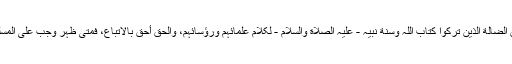
”والآیةُ نَاعِیَةٌ عَلیٰ کثیرٍ مِنَ الفِرَقِ الضَّالَّةِ الذینَ ترکوا کتابَ اللّٰہ وسنةَ نبیہ - علیہ الصلاة والسلام - لِکلامِ علمائِہِمْ ورؤسائِہِمْ، والحقُّ أحقُّ بِالاتباعِ، فمتیٰ ظَہَرَ وَجَبَ علی المسلمِ اتباعُہ، وإن أخطأ اجتہادَ مقلدِہ“۔